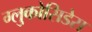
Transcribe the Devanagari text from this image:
ग्लुकोसिडेस